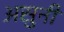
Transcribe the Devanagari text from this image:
असुनी